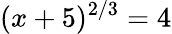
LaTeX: (x+5)^{2/3}=4